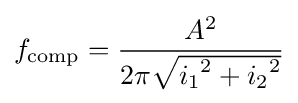
f_{\text{comp}}={\frac {A^{2}}{2\pi {\sqrt {{i_{1}}^{2}+{i_{2}}^{2}}}}}